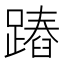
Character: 蹖